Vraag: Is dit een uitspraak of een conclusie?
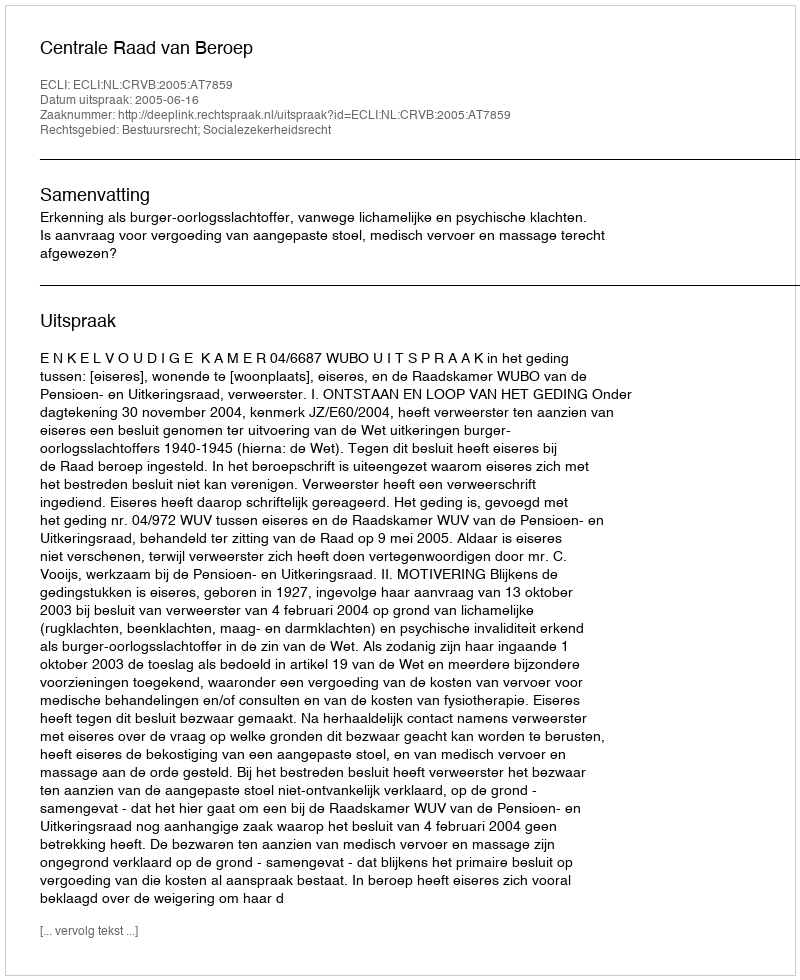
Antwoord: Uitspraak